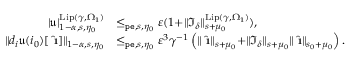
\begin{array} { r l } { | \mathfrak { u } | _ { 1 - \alpha , s , \eta _ { 0 } } ^ { \mathrm { L i p } ( \gamma , \Omega _ { 1 } ) } } & { \le _ { \mathtt { p e } , s , \eta _ { 0 } } \varepsilon ( 1 + \rVert \mathfrak { I } _ { \delta } \rVert _ { s + \mu _ { 0 } } ^ { \mathrm { L i p } ( \gamma , \Omega _ { 1 } ) } ) , } \\ { \rVert d _ { i } \mathfrak { u } ( i _ { 0 } ) [ \hat { \textbf { \i } } ] \rVert _ { 1 - \alpha , s , \eta _ { 0 } } } & { \le _ { \mathtt { p e } , s , \eta _ { 0 } } \varepsilon ^ { 3 } \gamma ^ { - 1 } \left( \rVert \hat { \textbf { \i } } \rVert _ { s + \mu _ { 0 } } + \rVert \mathfrak { I } _ { \delta } \rVert _ { s + \mu _ { 0 } } \rVert \hat { \textbf { \i } } \rVert _ { s _ { 0 } + \mu _ { 0 } } \right) . } \end{array}